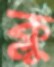
ক্লু